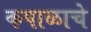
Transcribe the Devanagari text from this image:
कपाळाचे